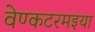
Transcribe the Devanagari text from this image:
वेण्कटरमइया